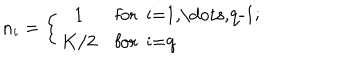
n _ { i } = \left\{ \begin{array} { c l } { { 1 } } & { { \mathrm { f o r ~ i = 1 , \dots , q - 1 ; ~ } } } \\ { { K / 2 } } & { { \mathrm { f o r ~ i = q ~ } } } \\ \end{array} \right.